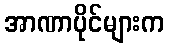
အာဏာပိုင်များက